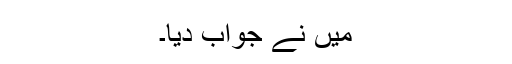
میں نے جواب دیا۔